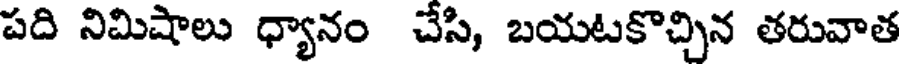
పది నిమిషాలు ధ్యానం చేసి, బయటకొచ్చిన తరువాత